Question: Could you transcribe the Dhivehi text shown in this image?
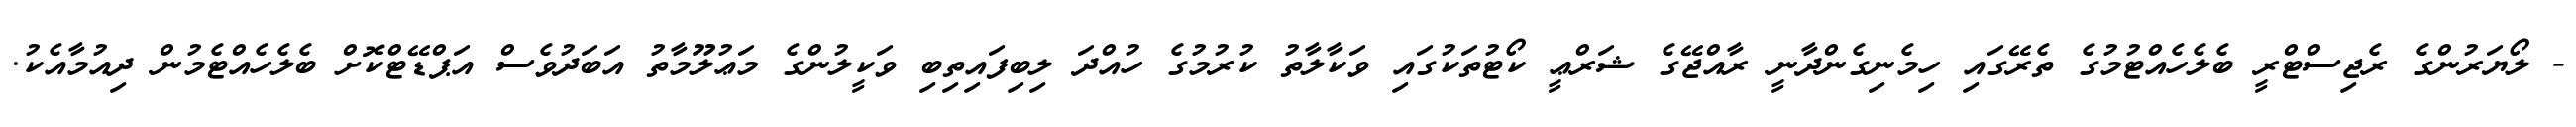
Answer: - ލޯޔަރުންގެ ރެޖިސްޓްރީ ބެލެހެއްޓުމުގެ ތެރޭގައި ހިމެނިގެންދާނީ ރާއްޖޭގެ ޝަރްޢީ ކޯޓުތަކުގައި ވަކާލާތު ކުރުމުގެ ހުއްދަ ލިބިފައިތިބި ވަކީލުންގެ މަޢުލޫމާތު އަބަދުވެސް އަޕްޑޭޓްކޮށް ބެލެހެއްޓެމުން ދިއުމާއެކު.